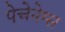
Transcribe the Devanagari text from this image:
पेचेनेग्स